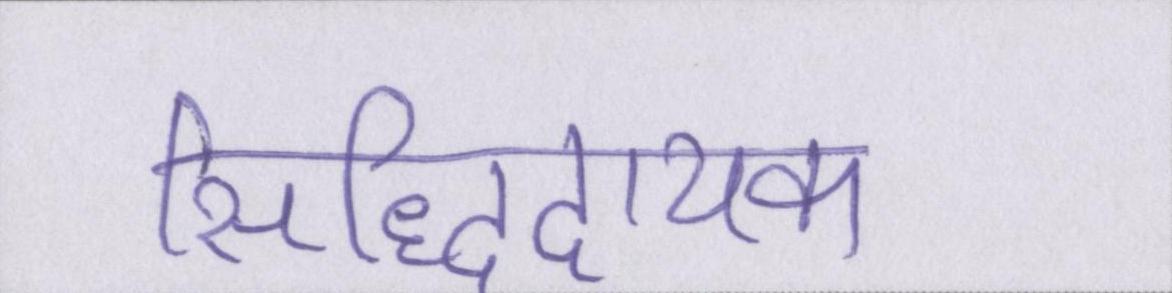
सिद्धिदायक